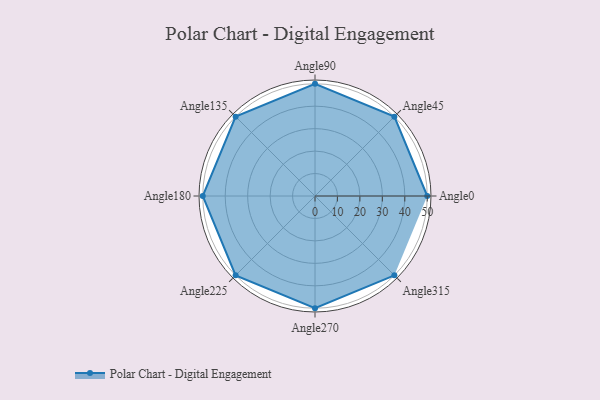
{"axis": {"x": "Angle", "y": "Radius"}, "legend": [""], "data": [{"x": "Angle0", "y": 50, "type": ""}, {"x": "Angle45", "y": 50, "type": ""}, {"x": "Angle90", "y": 50, "type": ""}, {"x": "Angle135", "y": 50, "type": ""}, {"x": "Angle180", "y": 50, "type": ""}, {"x": "Angle225", "y": 50, "type": ""}, {"x": "Angle270", "y": 50, "type": ""}, {"x": "Angle315", "y": 50, "type": ""}]}